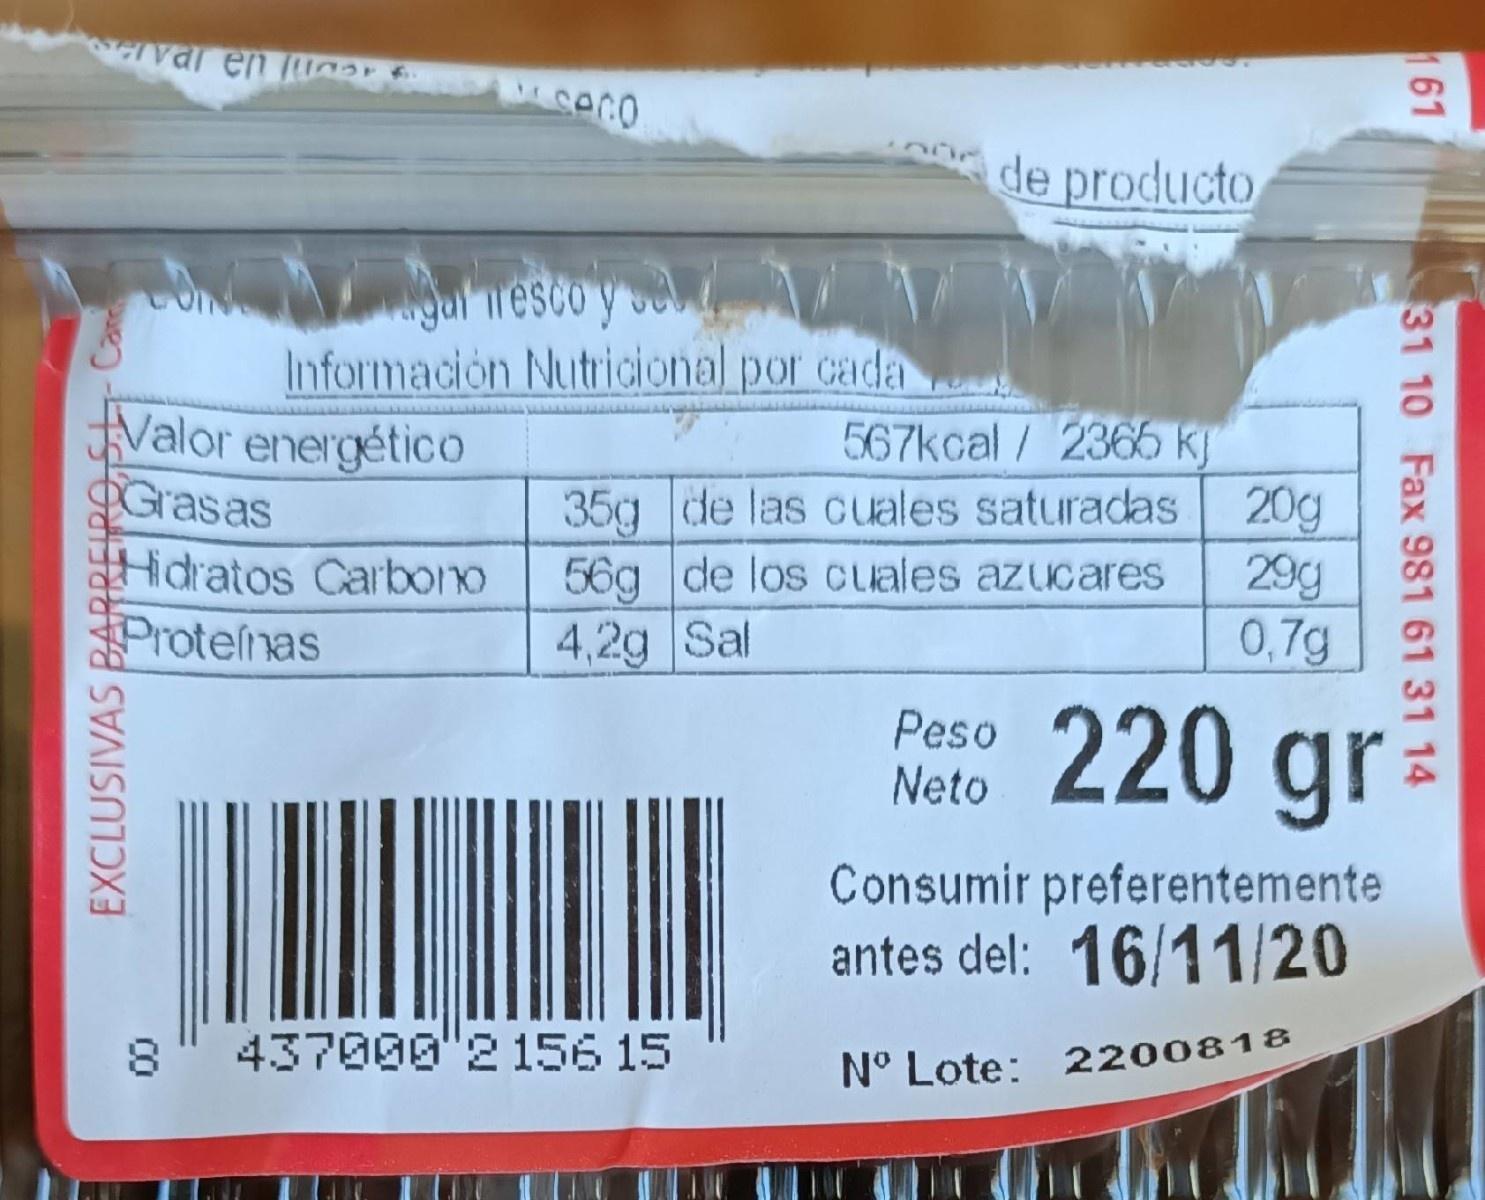
val en uAr
de producto
uiesco y e Información Nutricional por cada Valor energétic0
567kcal/ 236 k 35g de las cuales saturadas 20g 29g 0,7g
OGrasas
idratos Carbono Protenas
56g de los cuales azucares
4,2g Sal
Peso Neto
220 gr
Consumir preferentemente antes del: 16/11/20
437000"215615
N° Lote: 2200818
161
31 10 Fax 981 61 31 14
00
EXCLUSIVAS BAR